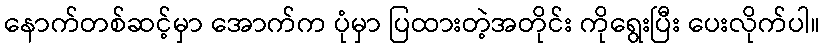
နောက်တစ်ဆင့်မှာ အောက်က ပုံမှာ ပြထားတဲ့အတိုင်း ကိုရွေးပြီး ပေးလိုက်ပါ။